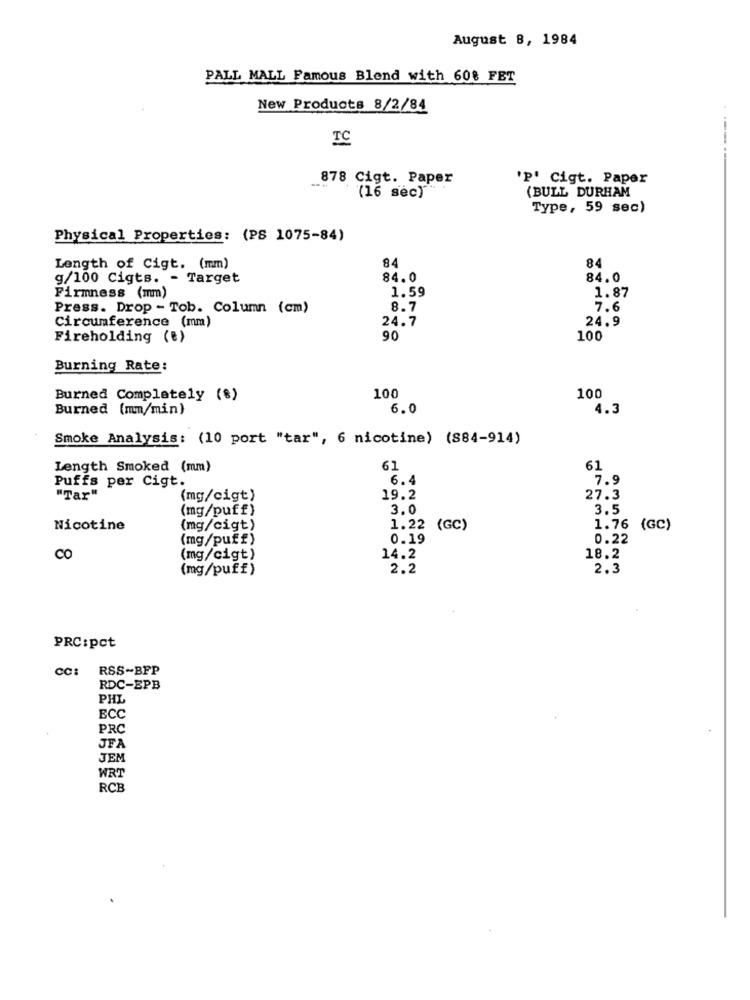
August 8, 1984
PALL MALL Famous Blend with 608 FET
New Products 8/2/84
TO
878 Cigt. Paper
'p' Cigt. Paper
(BULL DURHAM
(16 sec)
Type, 59 sec)
Physical Properties: (PS 1075-84)
84
84
Length of Cigt. (mm)
g/100 Cigts. - Target
84.0
84.0
1.59
Firmness (mm)
1.87
Press. Drop - Tob. Column (cm)
8.7
7.6
Circumference (mm)
24.7
24.9
Fireholding (t)
90
100
Burning Rate:
Burned Completely (%)
100
100
Burned (mm/min)
6.0
4.3
Smoke Analysis: (10 port "tar", 6 nicotine) (884-914)
Length Smoked (mm)
61
61
6.4
7.9
Puffs per Cigt.
"Tar"
(mg/cigt)
19.2
27.3
(mg/puff)
3.0
3.5
Nicotine
(mg/cigt)
1.22 (GC)
1.76 (GC)
(mg/puff)
0.19
0.22
CO
(mg/cigt)
14.2
18.2
(mg/puff)
2.2
2.3
PRC:pct
CC:
RSS-BFP
RDC-EPB
PHL
ECC
PRC
JFA
JEM
WRT
RCB